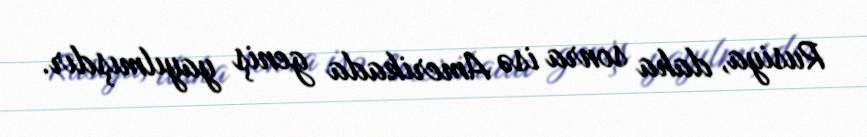
Rusiya, daha sonra isə Amerikada geniş yayılmışdır.